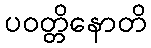
ပဝတ္တိနောတိ